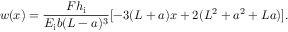
w ( x ) = \frac { F h _ { \mathrm { i } } } { E _ { \mathrm { i } } b ( L - a ) ^ { 3 } } [ - 3 ( L + a ) x + 2 ( L ^ { 2 } + a ^ { 2 } + L a ) ] .